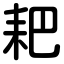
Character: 耙